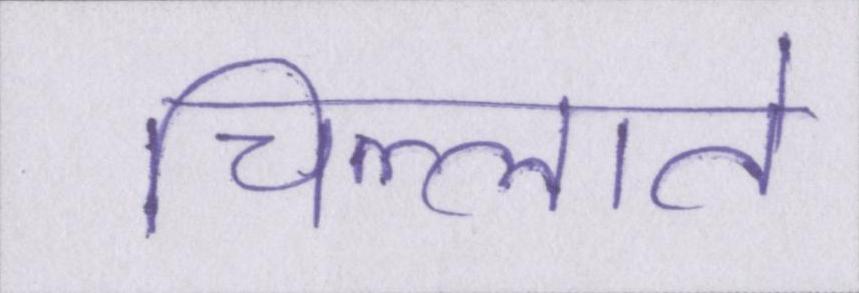
चिल्लाते